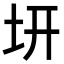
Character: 𭍿